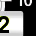
Digit: 2